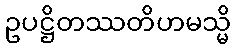
ဥပဋ္ဌိတဿတိဟမသ္မိ